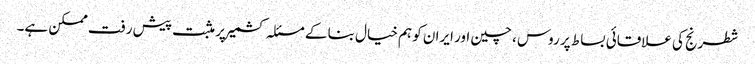
شطرنج کی علاقائی بساط پر روس ، چین اور ایران کو ہم خیال بنا کے مسئلہ کشمیر پر مثبت پیش رفت ممکن ہے۔